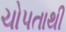
ચોપતાથી